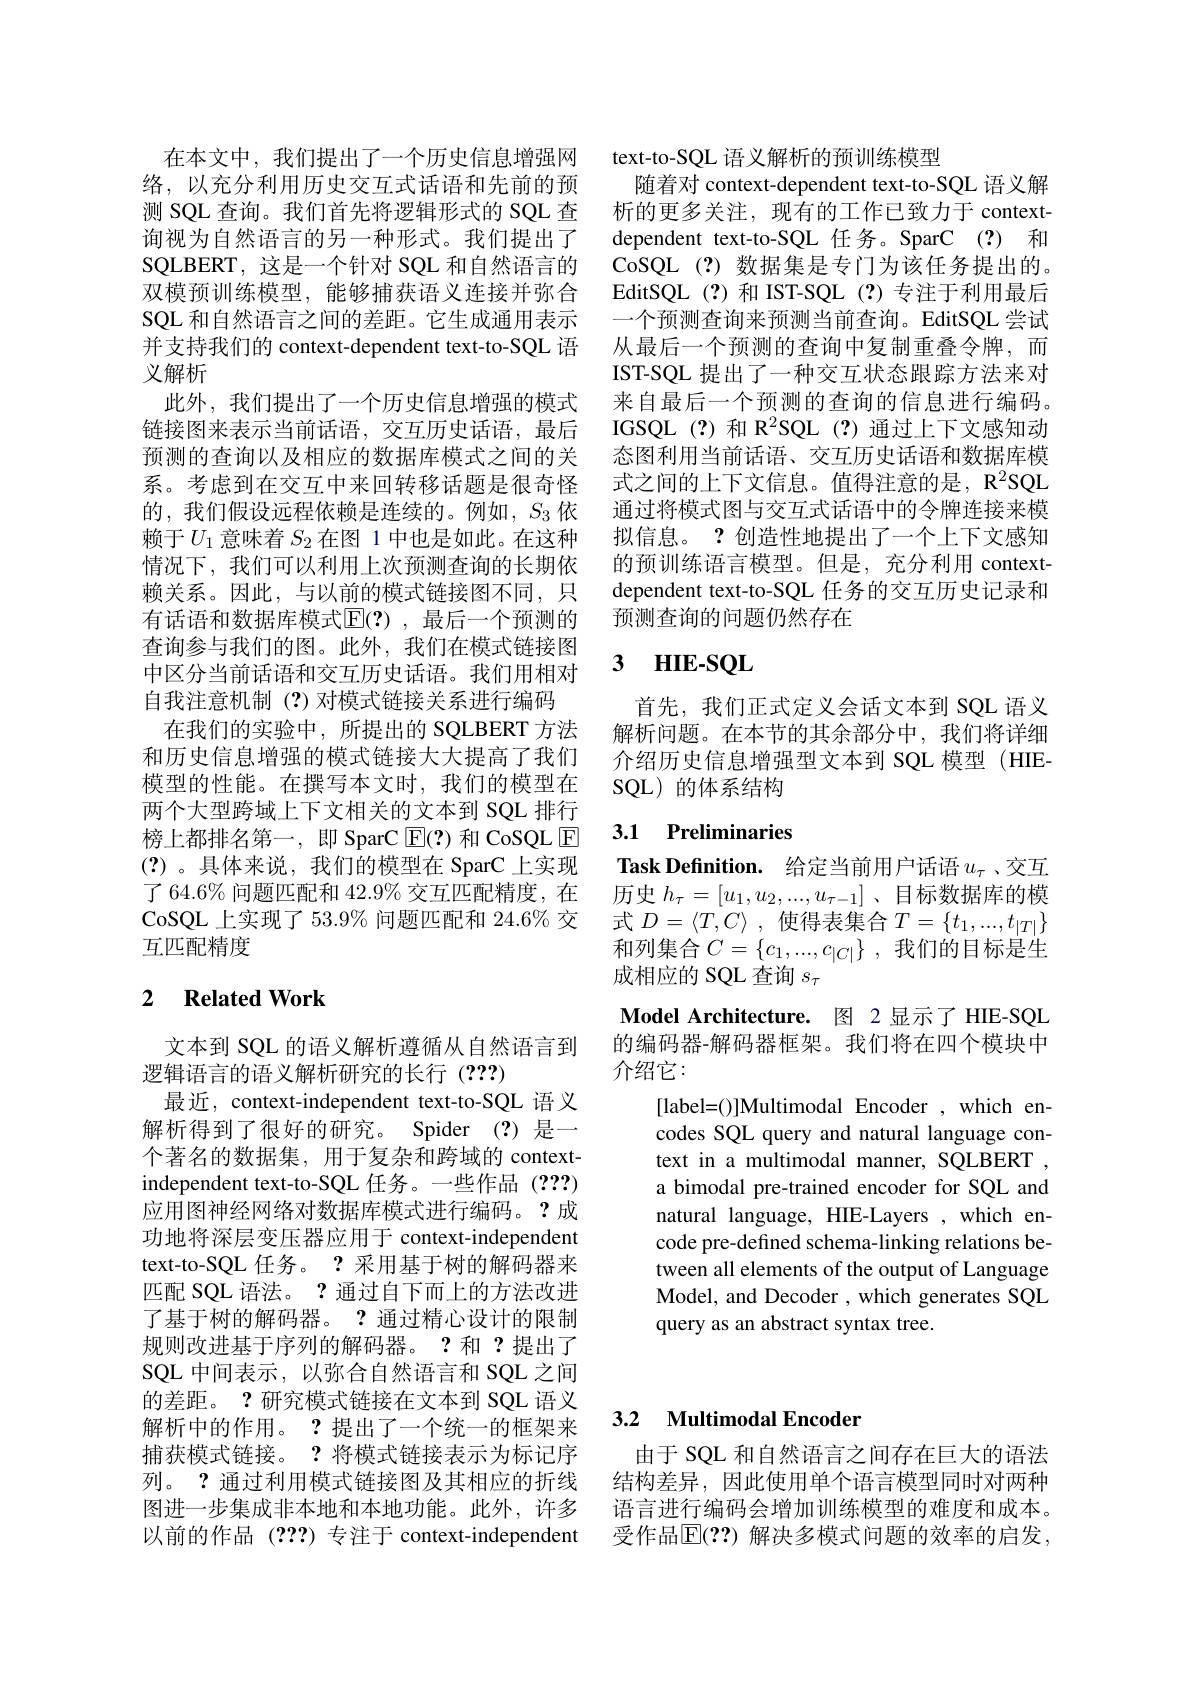
络，以充分利用历史交互式话语和先前的预询视为自然语言的另一种形式。我们提出了SQLBERT, 这是一个针对 SQL 和自然语言的双模预训练模型，能够捕获语义连接并弥合SQL 和自然语言之间的差距。它生成通用表示并支持我们的 context-dependent text-to-SQL 语义解析
此外，我们提出了一个历史信息增强的模式链接图来表示当前话语，交互历史话语，最后预测的查询以及相应的数据库模式之间的关系。考虑到在交互中来回转移话题是很奇怪的，我们假设远程依赖是连续的。例如，$S_3$依赖于$U_1$意味着$S_{2}$在图 1 中也是如此。在这种情况下，我们可以利用上次预测查询的长期依赖关系。因此，与以前的模式链接图不同，只有话语和数据库模式$\overline{\mathrm{E}}(?)$,最后一个预测的查询参与我们的图。此外，我们在模式链接图中区分当前话语和交互历史话语。我们用相对自我注意机制(?)对模式链接关系进行编码
在我们的实验中，所提出的 SQLBERT 方法和历史信息增强的模式链接大大提高了我们模型的性能。在撰写本文时，我们的模型在两个大型跨域上下文相关的文本到 SQL 排行榜上都排名第一，即 SparC $\overline{\mathrm{E}}(?)$和 CoSQL E (?)。具体来说，我们的模型在 SparC 上实现了 64.6% 问题匹配和 42.9% 交互匹配精度，在CoSQL 上实现了 53.9% 问题匹配和 24.6% 交互匹配精度

## 2 $\textbf{Related Work}$

文本到 SQL 的语义解析遵循从自然语言到
逻辑语言的语义解析研究的长行(???)
最近，context-independent text-to-SQL 语义解析得到了很好的研究。Spider(?)是一个著名的数据集，用于复杂和跨域的 contextindependent text-to-SQL 任务。一些作品 (???) 应用图神经网络对数据库模式进行编码。?成功地将深层变压器应用于 context-independent text-to-SQL 任务。? 采用基于树的解码器来匹配 SQL 语法。? 通过自下而上的方法改进了基于树的解码器。?通过精心设计的限制规则改进基于序列的解码器。?和 ?提出了SQL 中间表示，以弥合自然语言和 SQL 之间的差距。? 研究模式链接在文本到 SQL 语义解析中的作用。? 提出了一个统一的框架来捕获模式链接。?将模式链接表示为标记序列。? 通过利用模式链接图及其相应的折线 结构差异，因此使用单个语言模型同时对两种图进一步集成非本地和本地功能。此外，许多 语言进行编码会增加训练模型的难度和成本。以前的作品 (???)专注于 context-independent

在本文中，我们提出了一个历史信息增强网 text-to-SQL 语义解析的预训练模型
随着对 context-dependent text-to-SQL 语义解
测 SQL 查询。我们首先将逻辑形式的 SQL 查 析的更多关注，现有的工作已致力于 context-
dependent text-to-SQL 任务。SparC (?) 和CoSQL(?)数据集是专门为该任务提出的。EditSQL(?)和 IST-SQL(?)专注于利用最后一个预测查询来预测当前查询。EditSQL 尝试从最后一个预测的查询中复制重叠令牌，而IST-SQL 提出了一种交互状态跟踪方法来对来自最后一个预测的查询的信息进行编码。IGSQL(?)和 R$^2$SQL(?)通过上下文感知动态图利用当前话语、交互历史话语和数据库模式之间的上下文信息。值得注意的是，R$^2$SQL 通过将模式图与交互式话语中的令牌连接来模拟信息。? 创造性地提出了一个上下文感知的预训练语言模型。但是，充分利用 contextdependent text-to-SQL 任务的交互历史记录和预测查询的问题仍然存在

### 3 HIE-SOL

首先，我们正式定义会话文本到 SQL 语义解析问题。在本节的其余部分中，我们将详细介绍历史信息增强型文本到 SQL 模型 (HIESQL)的体系结构

## 3.1 Preliminaries

$\textbf{Task Definition. 给 定 当 前 用 户 话 语 }u_\tau$、交互历史$h_\tau=[u_1,u_2,...,u_{\tau-1}]$、目标数据库的模式$D=\langle T,C\rangle$ ,使得表集合$T=\{t_1,...,t_{|T|}\}$ 和列集合$C=\{c_1,...,c_{|C|}\}$ ,我们的目标是生成相应的 SQL 查询$s_\tau$
Model Architecture. 图 2 显示了 HIE-SQL 的编码器-解码器框架。我们将在四个模块中介绍它：
[label=()]Multimodal Encoder,which encodes SQL query and natural language context in a multimodal manner, SQLBERT , a bimodal pre-trained encoder for SQL and natural language, HIE-Layers , which encode pre-defined schema-linking relations between all elements of the output of Language Model, and Decoder , which generates SQL query as an abstract syntax tree.

## 3.2 Multimodal Encoder

由于 SQL 和自然语言之间存在巨大的语法受作品$\mathbb{E}(??)$ 解决多模式问题的效率的启发